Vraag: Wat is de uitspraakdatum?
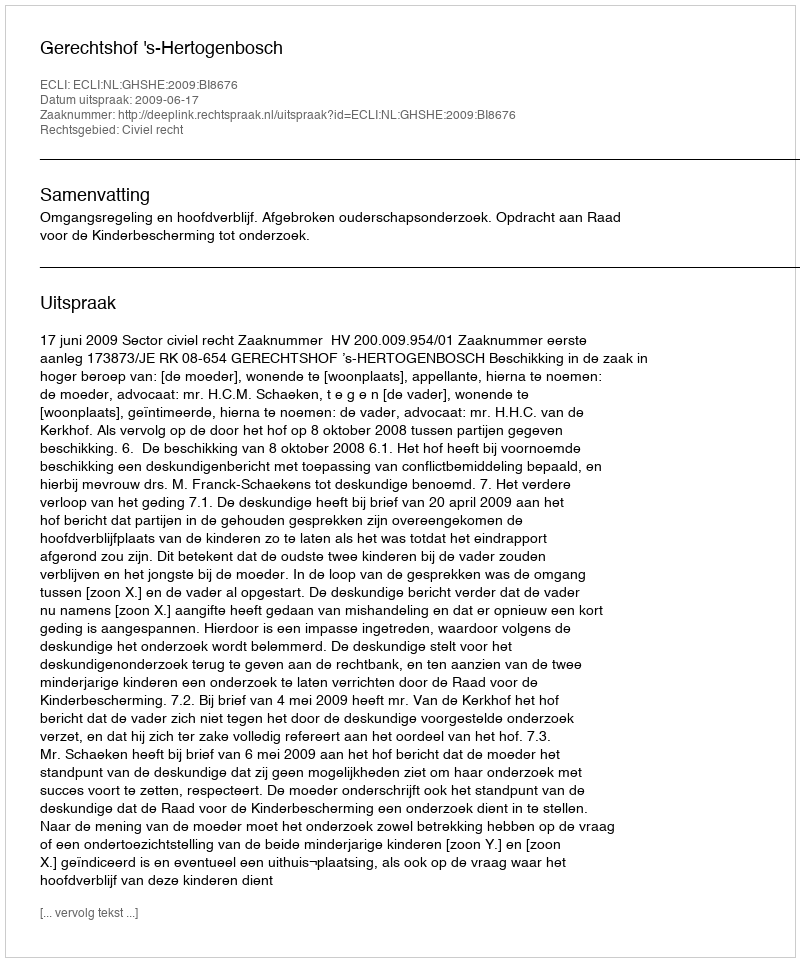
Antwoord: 2009-06-17